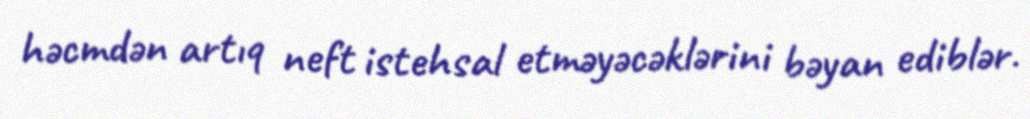
həcmdən artıq neft istehsal etməyəcəklərini bəyan ediblər.